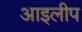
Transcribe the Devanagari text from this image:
आइलीप